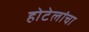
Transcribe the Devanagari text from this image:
होटेलांचा